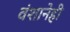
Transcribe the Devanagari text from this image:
वंशानेही